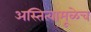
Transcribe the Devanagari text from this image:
अस्तित्वामूळेच